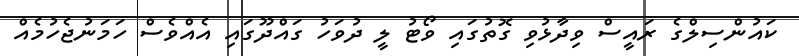
ކައުންސިލްގެ ރައީސް ވިދާޅުވި ގޮތުގައި ވޯޓު ލީ ދުވަހު ގައްދޫގައި އެއްވެސް ހަމަނުޖެހުމެއް